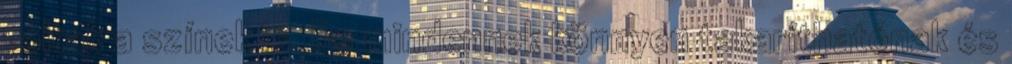
voltak a színek is. De mindennek könnyen takaríthatónak és